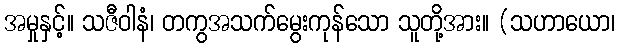
အမှုနှင့်။ သဇီဝါနံ၊ တကွအသက်မွေးကုန်သော သူတို့အား။ (သဟာယော၊